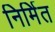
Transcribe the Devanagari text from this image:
निर्मित